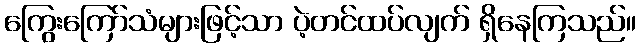
ကြွေးကြော်သံများဖြင့်သာ ပဲ့တင်ထပ်လျက် ရှိနေကြသည်။